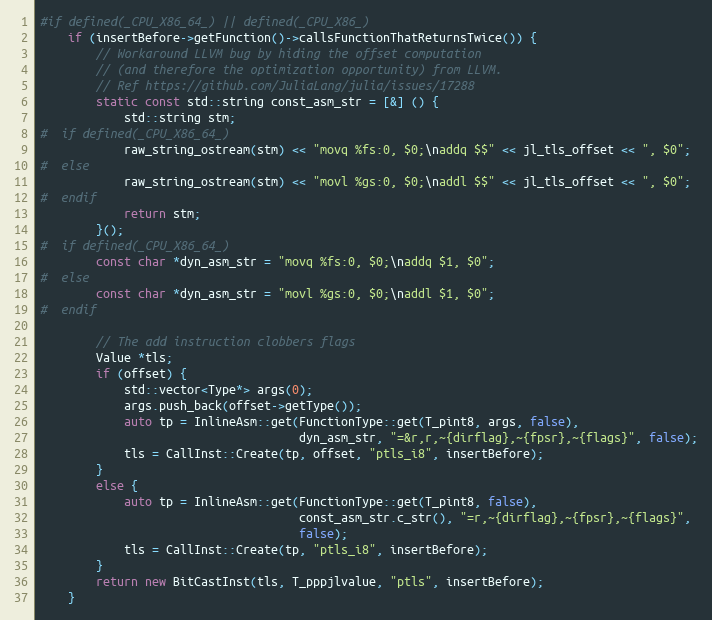
Language: C++
#if defined(_CPU_X86_64_) || defined(_CPU_X86_)
    if (insertBefore->getFunction()->callsFunctionThatReturnsTwice()) {
        // Workaround LLVM bug by hiding the offset computation
        // (and therefore the optimization opportunity) from LLVM.
        // Ref https://github.com/JuliaLang/julia/issues/17288
        static const std::string const_asm_str = [&] () {
            std::string stm;
#  if defined(_CPU_X86_64_)
            raw_string_ostream(stm) << "movq %fs:0, $0;\naddq $$" << jl_tls_offset << ", $0";
#  else
            raw_string_ostream(stm) << "movl %gs:0, $0;\naddl $$" << jl_tls_offset << ", $0";
#  endif
            return stm;
        }();
#  if defined(_CPU_X86_64_)
        const char *dyn_asm_str = "movq %fs:0, $0;\naddq $1, $0";
#  else
        const char *dyn_asm_str = "movl %gs:0, $0;\naddl $1, $0";
#  endif

        // The add instruction clobbers flags
        Value *tls;
        if (offset) {
            std::vector<Type*> args(0);
            args.push_back(offset->getType());
            auto tp = InlineAsm::get(FunctionType::get(T_pint8, args, false),
                                     dyn_asm_str, "=&r,r,~{dirflag},~{fpsr},~{flags}", false);
            tls = CallInst::Create(tp, offset, "ptls_i8", insertBefore);
        }
        else {
            auto tp = InlineAsm::get(FunctionType::get(T_pint8, false),
                                     const_asm_str.c_str(), "=r,~{dirflag},~{fpsr},~{flags}",
                                     false);
            tls = CallInst::Create(tp, "ptls_i8", insertBefore);
        }
        return new BitCastInst(tls, T_pppjlvalue, "ptls", insertBefore);
    }